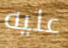
عليه